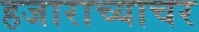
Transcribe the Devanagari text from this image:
हजाराच्याचर